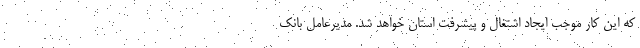
که این کار موجب ایجاد اشتغال و پیشرفت استان خواهد شد. مدیرعامل بانک